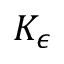
K _ { \epsilon }